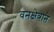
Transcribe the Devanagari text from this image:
वनक्षेत्राने